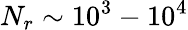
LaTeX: N_{r}\sim 10^{3}-10^{4}